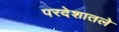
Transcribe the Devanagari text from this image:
परदेशातले